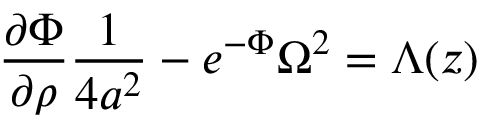
\frac { \partial \Phi } { \partial \rho } \frac { 1 } { 4 a ^ { 2 } } - e ^ { - \Phi } \Omega ^ { 2 } = \Lambda ( z )